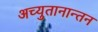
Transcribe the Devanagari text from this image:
अच्युतानान्तन